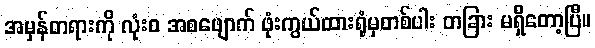
အမှန်တရားကို လုံးဝ အစဖျောက် ဖုံးကွယ်ထားရုံမှတစ်ပါး တခြား မရှိတော့ပြီ။